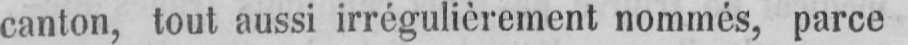
canton, tout aussi irrégulièrement nommés, parce